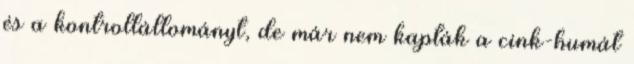
és a kontrollállományt, de már nem kapták a cink-humát